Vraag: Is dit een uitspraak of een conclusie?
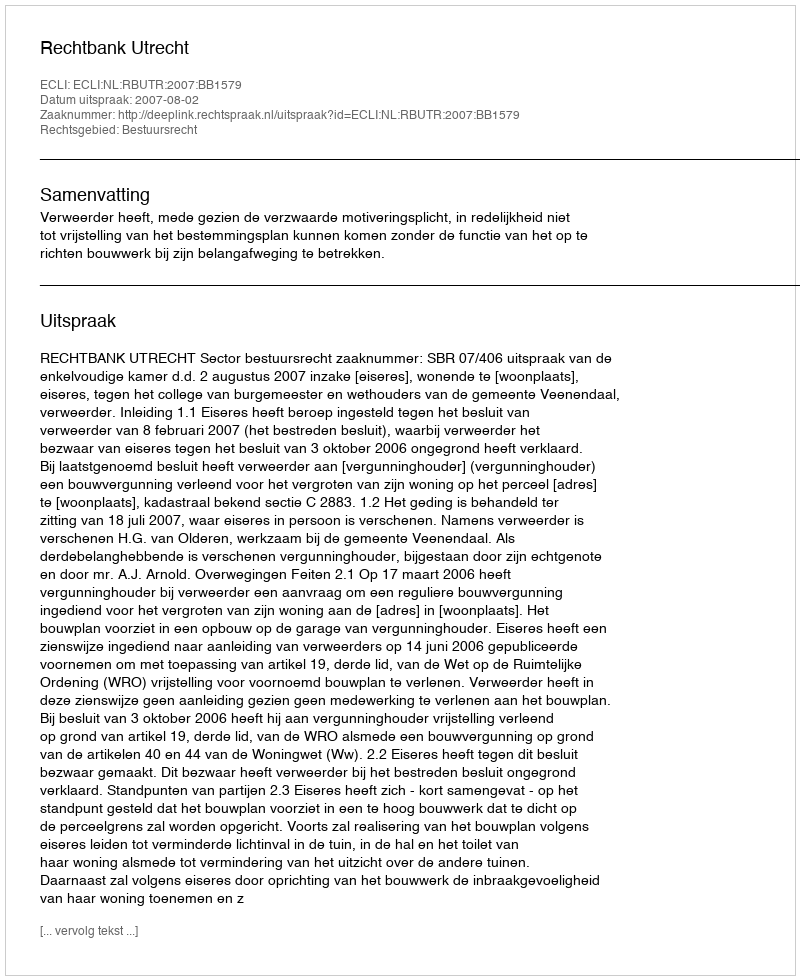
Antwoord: Uitspraak